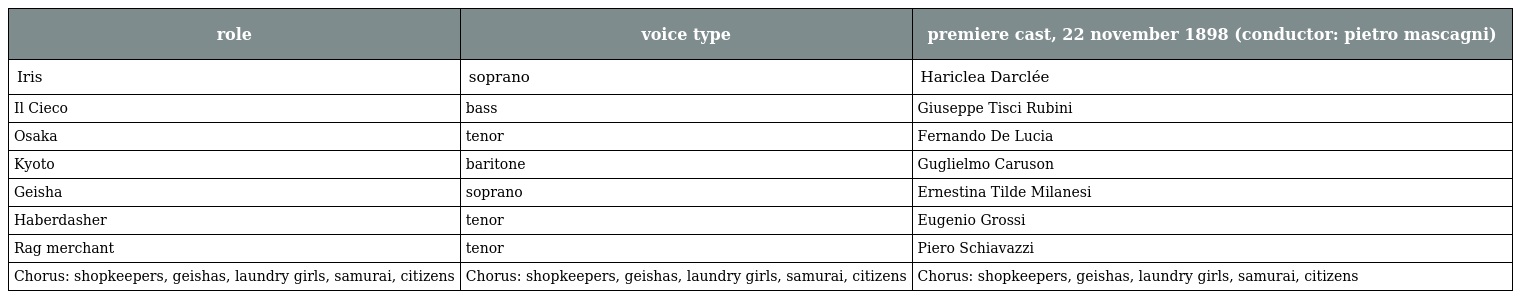
| role | voice type | premiere cast, 22 november 1898 (conductor: pietro mascagni) |
 | --- | --- | --- |
 | Iris | soprano | Hariclea Darclée |
 | Il Cieco | bass | Giuseppe Tisci Rubini |
 | Osaka | tenor | Fernando De Lucia |
 | Kyoto | baritone | Guglielmo Caruson |
 | Geisha | soprano | Ernestina Tilde Milanesi |
 | Haberdasher | tenor | Eugenio Grossi |
 | Rag merchant | tenor | Piero Schiavazzi |
 | Chorus: shopkeepers, geishas, laundry girls, samurai, citizens | Chorus: shopkeepers, geishas, laundry girls, samurai, citizens | Chorus: shopkeepers, geishas, laundry girls, samurai, citizens |